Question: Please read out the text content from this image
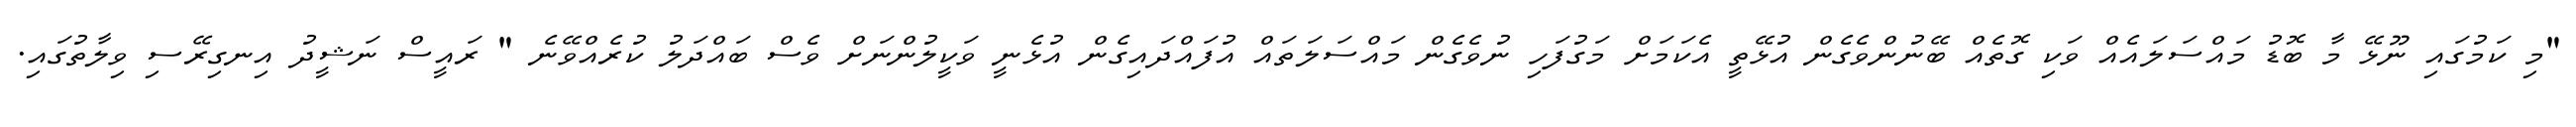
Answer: "މި ކަމުގައި ނޫޅޭ މާ ބޮޑު މައްސަލައެއް ވަކި ގޮތެއް ބޭނުންވެގެން އުޅޭތީ އެކަމަށް މަގުފަހި ނުވެގެން މައްސަލަތައް އުފައްދައިގެން އުޅެނީ ވަކީލުންނަށް ވެސް ބައްދަލު ކުރެއްވޭނެ " ރައީސް ނަޝީދު އިނގިރޭސި ވިލާތުގައި.